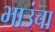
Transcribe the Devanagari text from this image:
भाउंचा